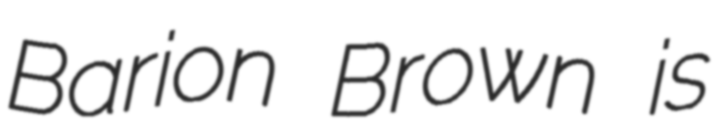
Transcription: Barion Brown is